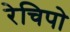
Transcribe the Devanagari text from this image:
रेचिपो